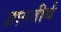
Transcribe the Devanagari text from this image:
ज्ञानतीर्थ